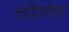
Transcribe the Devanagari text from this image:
शशिसेणा